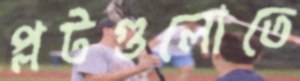
প্লটগুলোতে